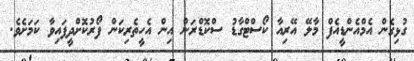
ގުޅިގެން އެމްއެންޑީއެފް މާލޭ އޭރިއާ ކޯސްޓްގާޑު ސްކޮޑްރަން އިން އެހީތެރިކަން ފޯރުކޮށްދީފައިވާ ކަމަށެވެ.